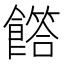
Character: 𩞰